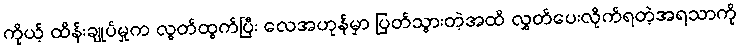
ကိုယ့် ထိန်းချုပ်မှုက လွတ်ထွက်ပြီး လေအဟုန်မှာ ပြတ်သွားတဲ့အထိ လွှတ်ပေးလိုက်ရတဲ့အရသာကို